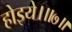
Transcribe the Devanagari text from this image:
होइये।॥७॥